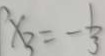
x _ { 3 } = - \frac { 1 } { 3 }